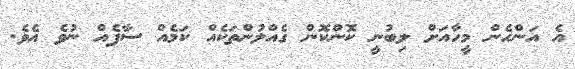
އެ އަންހެން މީހާއަށް ލިބުނީ ކޮންކޮން ގެއްލުންތަކެއް ކަމެއް ސާފެއް ނުވެ އެވެ.